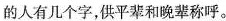
的人有几个字，供平辈和晚辈称呼。